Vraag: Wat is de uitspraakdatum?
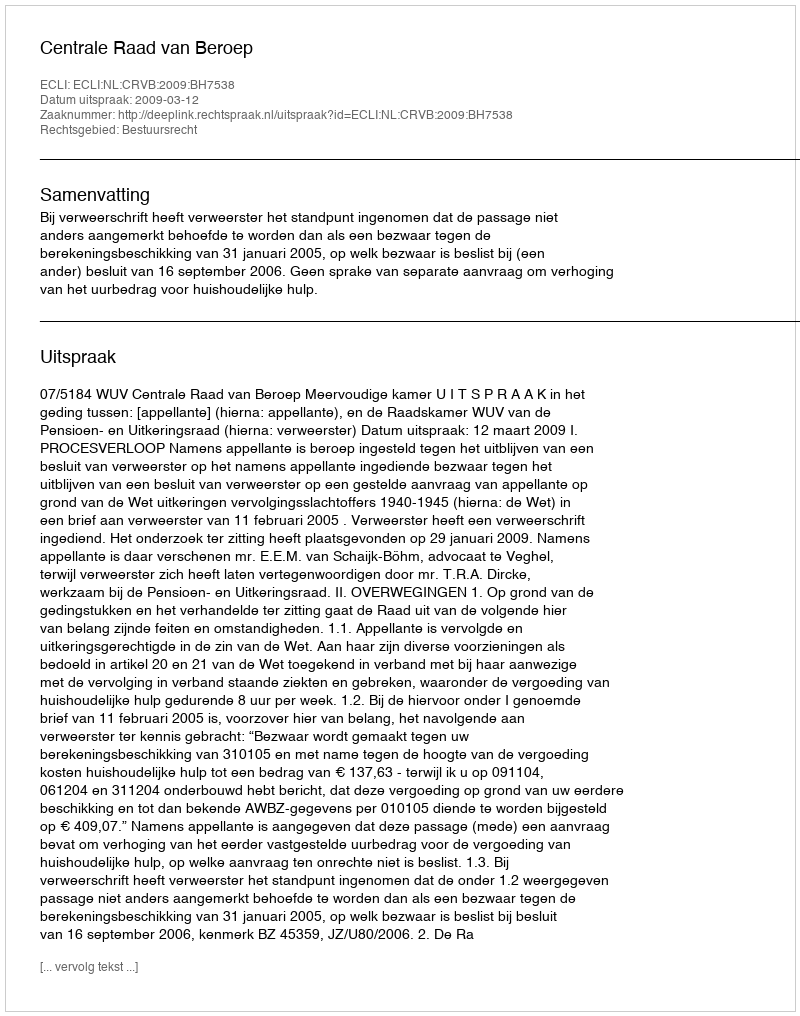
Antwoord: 2009-03-12